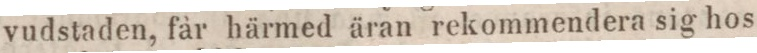
vudstaden, får härmed äran rekommendera sig hos